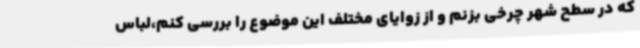
که در سطح شهر چرخی بزنم و از زوایای مختلف این موضوع را بررسی کنم،لباس